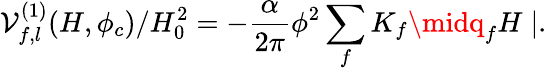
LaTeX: \mathcal{V}_{f,l}^{(1)}(H,\phi_{c})/H_{0}^{2}=-\frac{{\alpha}}{{2\pi}}\phi^{2}\sum_{f}K_{f}\midq_{f}H\mid.